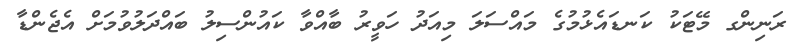
ރަނިންގ މޭޓަކު ކަނޑައެޅުމުގެ މައްސަލަ މިއަދު ހަވީރު ބާއްވާ ކައުންސިލު ބައްދަލުވުމަށް އެޖެންޑާ